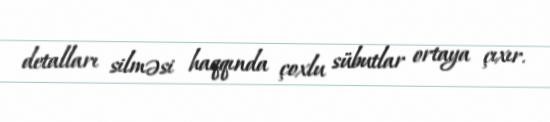
detalları silməsi haqqında çoxlu sübutlar ortaya çıxır.